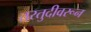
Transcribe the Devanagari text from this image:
तरतुदीवरून